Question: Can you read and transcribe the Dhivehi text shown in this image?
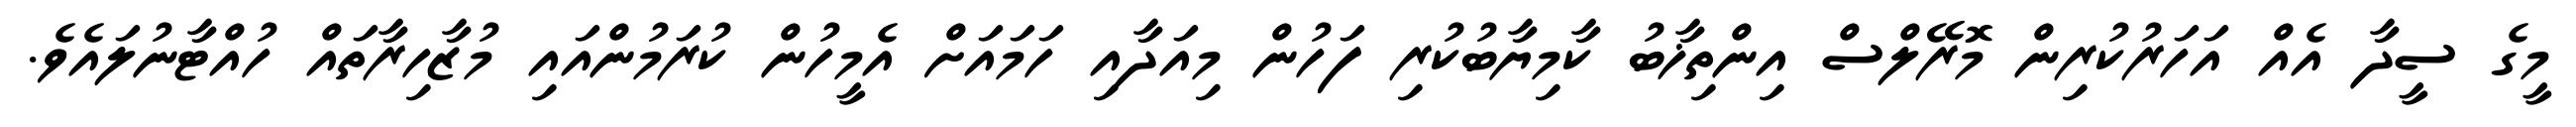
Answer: މީގެ ސީދާ އެއް އަހަރުކުރިން މޮރޭލްސް އިންތިޚާބު ކާމިޔާބުކުރި ފަހުން މިއަދާއި ހަމައަށް އެމީހުން ކުރަމުންއައި މުޒާހިރާތައް ހުއްޓާނުލައެވެ.